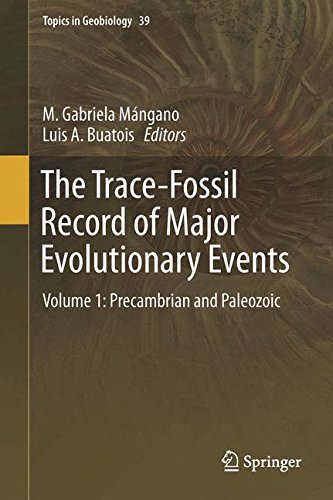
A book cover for The Trace-Fossil Record of Major Evolutionary Events: Volume 1: Precambrian and Paleozoic (Topics in Geobiology); Science & Math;